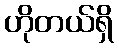
ဟိုတယ်ရှိ